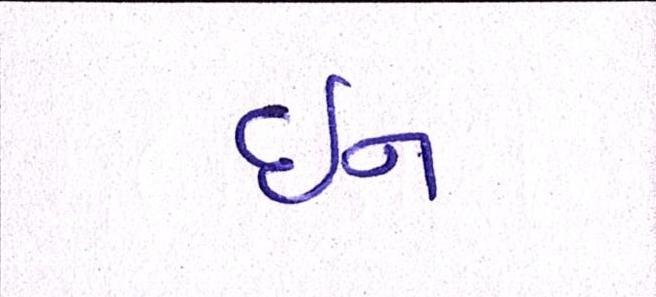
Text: ઇન